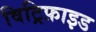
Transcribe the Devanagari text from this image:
विट्रिफ़ाइड